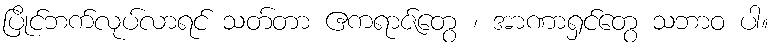
ပြိုင်ဘက်လုပ်လာရင် သတ်တာ ဧကရာဇ်တွေ ၊ အာဏာရှင်တွေ သဘာဝ ပါ။